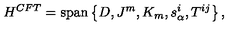
H ^ { C F T } = \mathrm { s p a n } \left\{ D , J ^ { m } , K _ { m } , s _ { \alpha } ^ { i } , T ^ { i j } \right\} ,